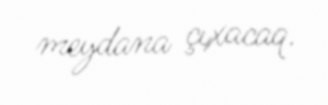
meydana çıxacaq.